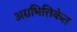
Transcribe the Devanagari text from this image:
अग्रभित्तिकेत